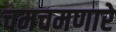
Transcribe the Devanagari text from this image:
चमचमणारे